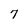
Character: 7